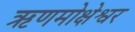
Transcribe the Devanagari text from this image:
ऋणमोक्षेश्वर